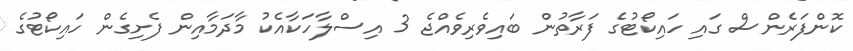
ކޮންފަރެންސް ގައި ހައިކޯޓުގެ ފަރާތުން ބައިވެރިވެއްޖެ 3 އިސްލާހަކާއެކު މާދަމާއިން ފެށިގެން ހައިކޯޓުގެ